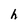
Character: h